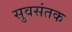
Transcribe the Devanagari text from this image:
सुवसंतक